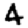
Digit: 4